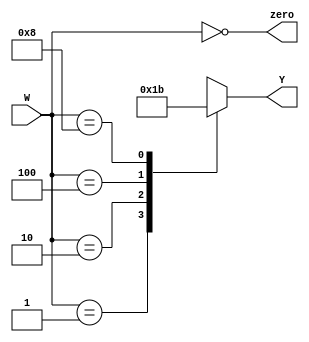
module four_two_encoder(
    input wire [3:0] W, // 4 bit W
    output wire zero, //setup output wire
    output reg [1:0] Y // y outputs 2 bit reg
    );
    assign zero = (W == 4'b0000); //assign the zero wire
    always@(W) // trigger when W changes
        begin // begin statement
            case(W) // case based on  W
                4'b0001: Y = 2'b00; // w[0] lit up
                4'b0010: Y = 2'b01; // w[1]
                4'b0100: Y = 2'b10; // w[2]
                4'b1000: Y = 2'b11; // w[3]
                default: Y = 2'bXX; // Don't cares for the rest
            endcase // end the case(W)
        end // end of statement
endmodule